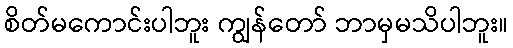
စိတ်မကောင်းပါဘူး ကျွန်တော် ဘာမှမသိပါဘူး။